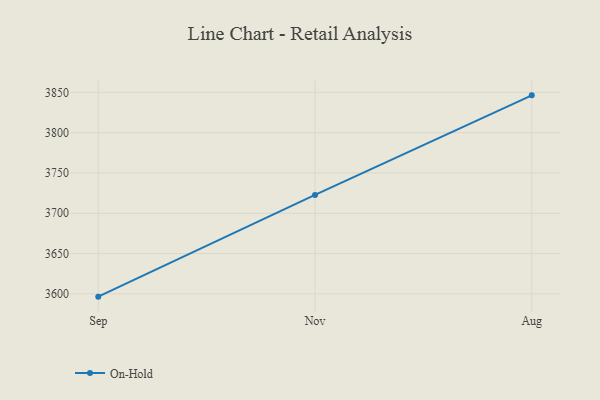
{"axis": {"x": "Month", "y": "Operating Costs (USD K)"}, "legend": ["On-Hold"], "data": [{"x": "Sep", "y": 3596.5, "type": "On-Hold"}, {"x": "Nov", "y": 3722.7, "type": "On-Hold"}, {"x": "Aug", "y": 3846.3, "type": "On-Hold"}]}